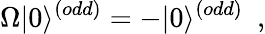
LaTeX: \Omega|0\rangle^{(odd)}=-|0\rangle^{(odd)}~~,